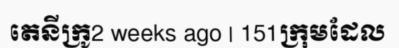
តេនីក្រូ2 weeks ago | 151ក្រុមដែល